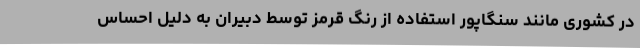
در کشوری مانند سنگاپور استفاده از رنگ قرمز توسط دبیران به دلیل احساس